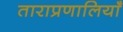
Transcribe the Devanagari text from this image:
ताराप्रणालियाँ